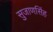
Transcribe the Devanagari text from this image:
सुजाणसिंह